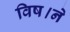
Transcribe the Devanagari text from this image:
विष।ने